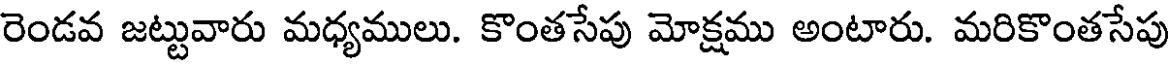
రెండవ జట్టువారు మధ్యములు. కొంతసేపు మోక్షము అంటారు. మరికొంతసేపు